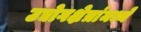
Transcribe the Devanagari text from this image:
उद्योगक्षेत्रांमध्ये